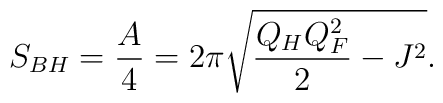
S_{BH}={A\over 4}=2\pi\sqrt{{{Q_HQ^2_F}\over 2}-J^2}.